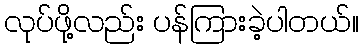
လုပ်ဖို့လည်း ပန်ကြားခဲ့ပါတယ်။